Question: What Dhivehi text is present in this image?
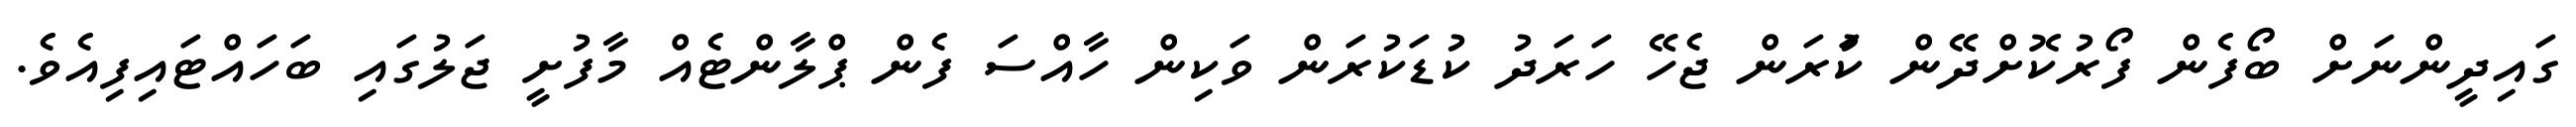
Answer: ގައިދީންނަށް ބޯފެން ފޯރުކޮށްދޭން ކުަރަން ޖެހޭ ހަރަދު ކުޑަކުރަން ވަކިން ހާއްސަ ފެން ޕްލާންޓެއް މާފުށީ ޖަލުގައި ބަހައްޓައިފިއެވެ.